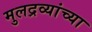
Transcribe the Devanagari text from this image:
मुलद्रव्यांच्या